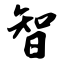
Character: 智